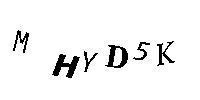
MHYD5K